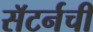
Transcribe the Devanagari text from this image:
सॅटर्नची